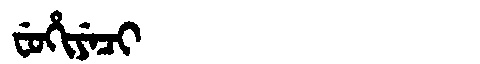
Manchu: ᠸᡠᡥᡳᠶᡝᠴᡳ
Romanization: FUHIYECI